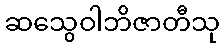
ဆသွေဝါဘိဇာတီသု